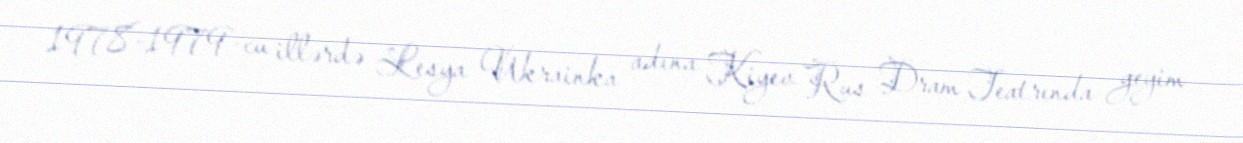
1978-1979-cu illərdə Lesya Ukrainka adına Kiyev Rus Dram Teatrında geyim